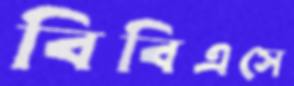
বিবিএসে